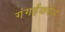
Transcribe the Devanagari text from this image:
गंगईकोंड